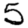
Digit: 5